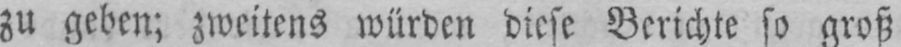
zu geben; zweitens würden diese Berichte so groß